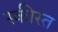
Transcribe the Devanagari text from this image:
स्कीस्त